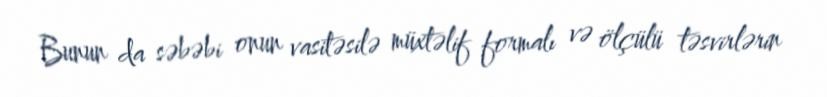
Bunun da səbəbi onun vasitəsilə müxtəlif formalı və ölçülü təsvirlərin